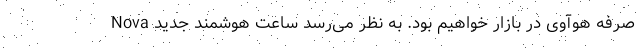
صرفه هوآوی در بازار خواهیم بود. به نظر می‌رسد ساعت هوشمند جدید Nova